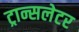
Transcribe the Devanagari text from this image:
ट्रान्सलेटर